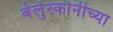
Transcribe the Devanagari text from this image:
बेर्लुस्कोनीच्या